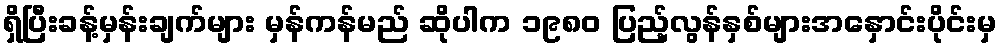
ရှိပြီးခန့်မှန်းချက်များ မှန်ကန်မည် ဆိုပါက ၁၉၈၀ ပြည့်လွန်နှစ်များအနှောင်းပိုင်းမှ